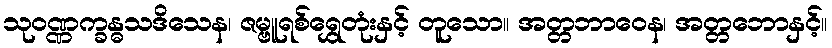
သုဝဏ္ဏက္ခန္ဓသဒိသေန၊ ဇမ္ဗူရစ်ရွှေတုံးနှင့် တူသော။ အတ္တဘာဝေန၊ အတ္တဘောနှင့်။